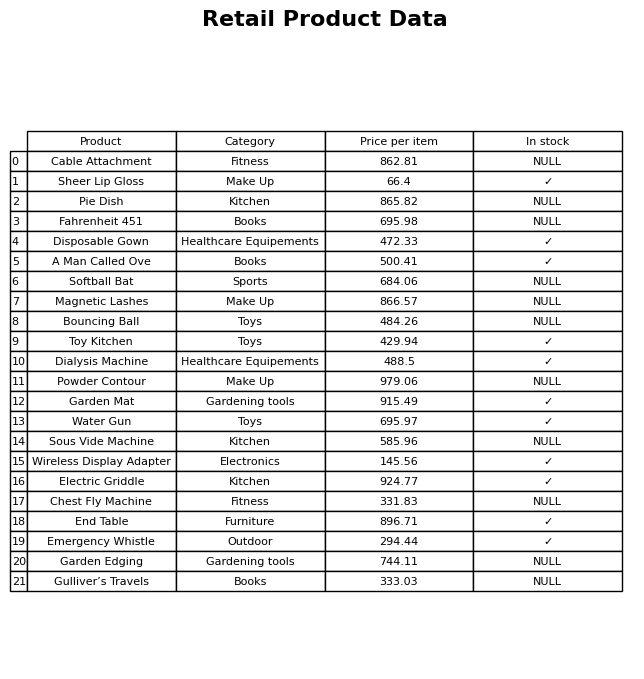
question: What is the price of the Water Gun?
answer: The price of Water Gun is 695.97.